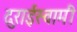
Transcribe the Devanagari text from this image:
दुराईस्वामी